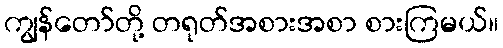
ကျွန်တော်တို့ တရုတ်အစားအစာ စားကြမယ်။